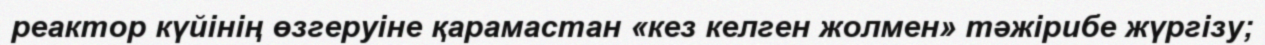
реактор күйінің өзгеруіне қарамастан «кез келген жолмен» тәжірибе жүргізу;